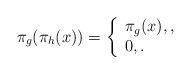
LaTeX: \begin{align*}\pi_g(\pi_h(x))=\left\{\begin{array}{l}\pi_g(x),,\\0,.\end{array}\right.\end{align*}